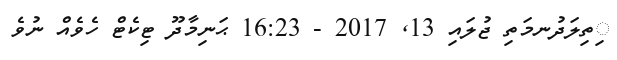
ިތިލަދުނމަތި ޖުލައި 13